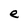
Character: e